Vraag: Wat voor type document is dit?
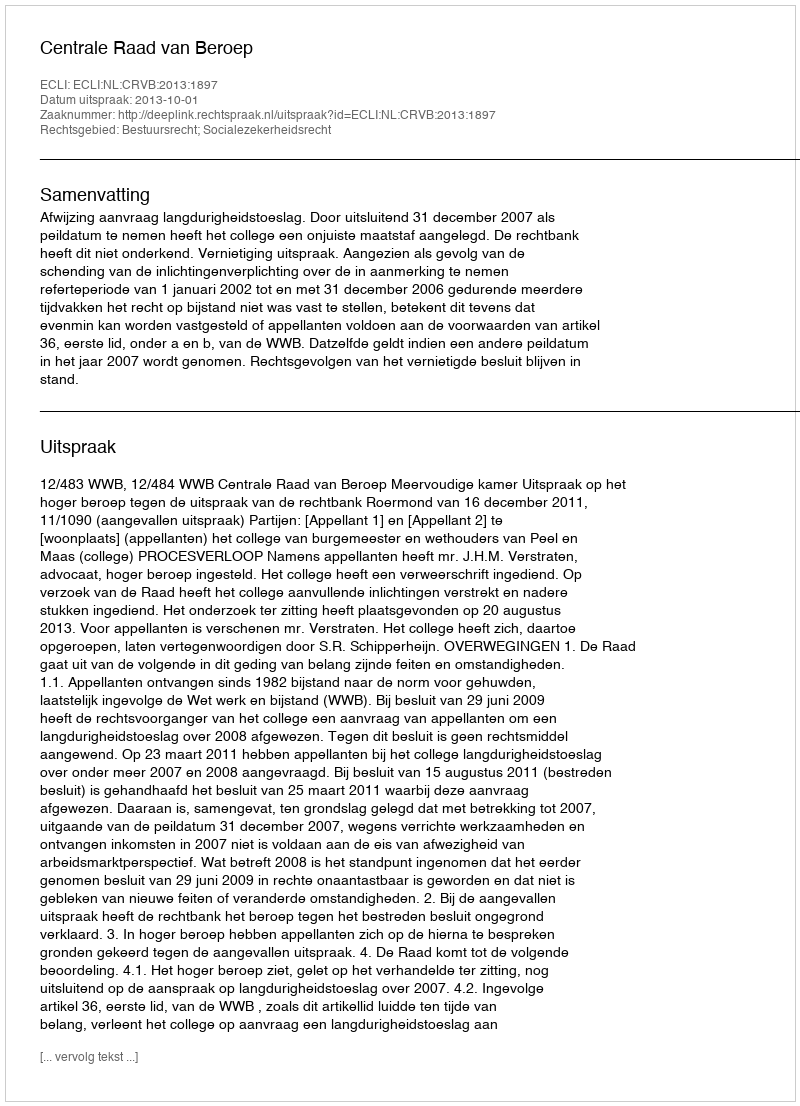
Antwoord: Uitspraak